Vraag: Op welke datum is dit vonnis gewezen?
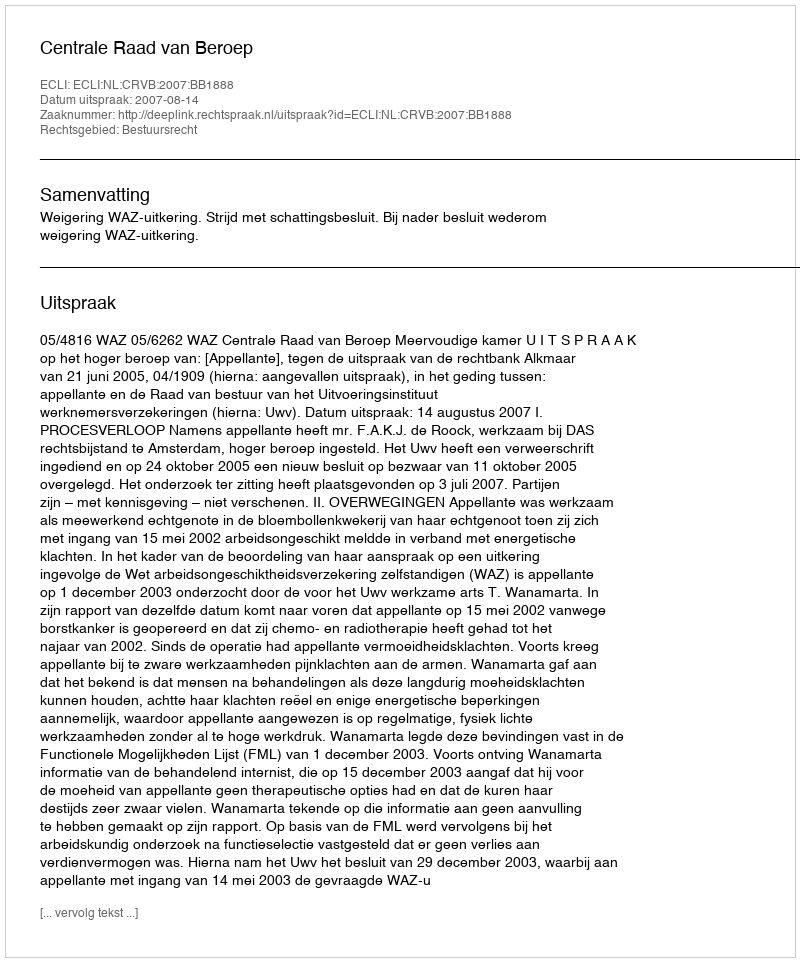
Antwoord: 2007-08-14